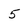
Character: 5